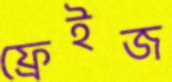
ফ্রেইজ